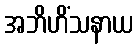
အဘိဟိံသနာယ